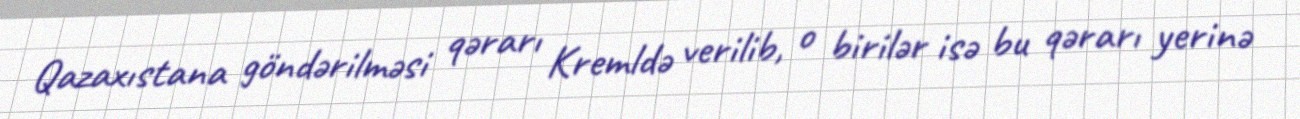
Qazaxıstana göndərilməsi qərarı Kremldə verilib, o birilər isə bu qərarı yerinə